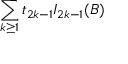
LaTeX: { \sum _ { k \ge 1 } t _ { 2 k - 1 } I _ { 2 k - 1 } ( B ) }